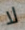
لا